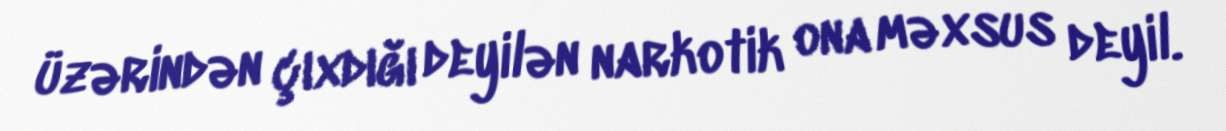
üzərindən çıxdığı deyilən narkotik ona məxsus deyil.